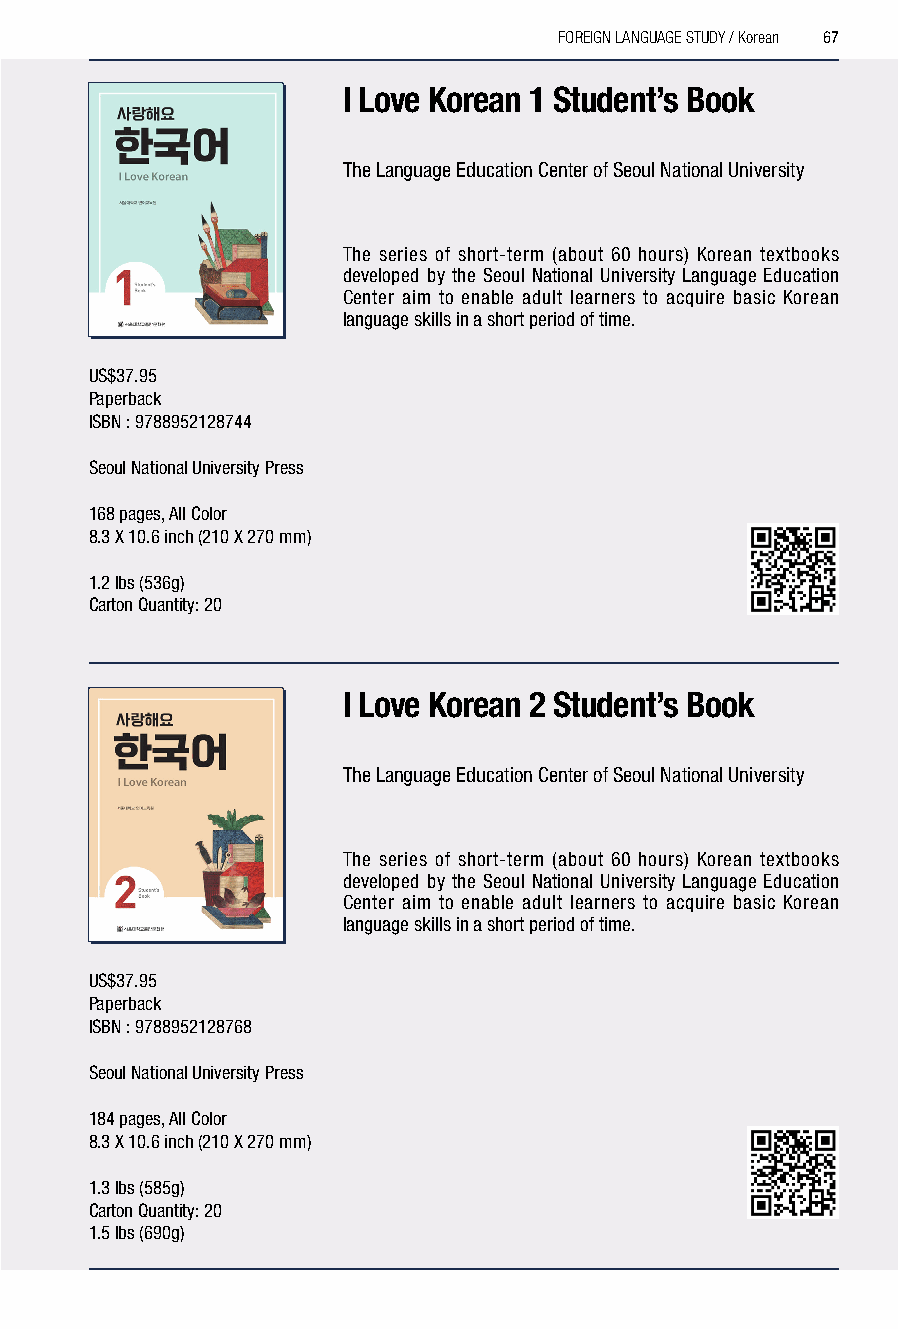
FOREIGN LANGUAGE STUDY / Korean 67
 I Love Korean 1 Student’s Book
 The Language Education Center of Seoul National University
 The series of short-term (about 60 hours) Korean textbooks
 developed by the Seoul National University Language Education
 Center aim to enable adult learners to acquire basic Korean
 language skills in a short period of time.
 US$37.95
 Paperback
 ISBN : 9788952128744
 Seoul National University Press
 168 pages, All Color
 8.3 X 10.6 inch (210 X 270 mm)
 1.2 lbs (536g)
 Carton Quantity: 20
 I Love Korean 2 Student’s Book
 The Language Education Center of Seoul National University
 The series of short-term (about 60 hours) Korean textbooks
 developed by the Seoul National University Language Education
 Center aim to enable adult learners to acquire basic Korean
 language skills in a short period of time.
 US$37.95
 Paperback
 ISBN : 9788952128768
 Seoul National University Press
 184 pages, All Color
 8.3 X 10.6 inch (210 X 270 mm)
 1.3 lbs (585g)
 Carton Quantity: 20
 1.5 lbs (690g)